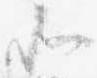
北